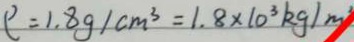
\rho = 1 . 8 g / c m ^ { 3 } = 1 . 8 \times 1 0 ^ { 3 } k g / m ^ { 2 }